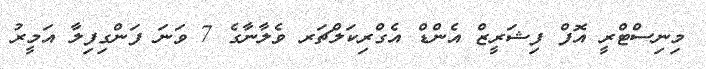
މިނިސްޓްރީ އޮފް ފިޝަރީޒް އެންޑް އެގްރިކަލްޗަރ ވެލާނާގެ 7 ވަނަ ފަންގިފިލާ އަމީރު